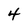
Character: 4